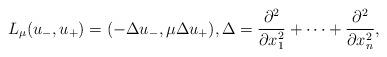
LaTeX: \begin{align*} L_{\mu} (u_-,u_+)=(-\Delta u_-, \mu \Delta u_+),\Delta=\dfrac{\partial^2}{\partial x_1^2}+\dots+\dfrac{\partial^2}{\partial x_n^2},\end{align*}